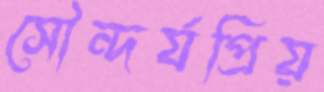
সৌন্দর্যপ্রিয়